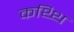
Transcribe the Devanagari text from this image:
कथ्थि